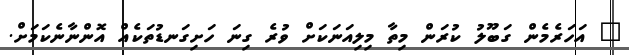
" އަހަރެމެން ގަބޫލު ކުރަން މިތާ މިލިއަނަކަށް ވުރެ ގިނަ ހަށިގަނޑުތަކެއް އޮންނާނެކަމަށް.